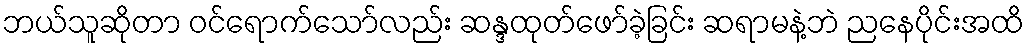
ဘယ်သူဆိုတာ ဝင်ရောက်သော်လည်း ဆန္ဒထုတ်ဖော်ခဲ့ခြင်း ဆရာမနဲ့ဘဲ ညနေပိုင်းအထိ